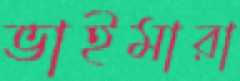
ভাইমারা